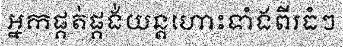
អ្នកផ្គត់ផ្គង់យន្តហោះទាំងពីរធំៗ